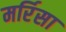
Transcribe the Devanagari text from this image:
मर्रिसा